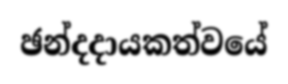
ඡන්දදායකත්වයේ